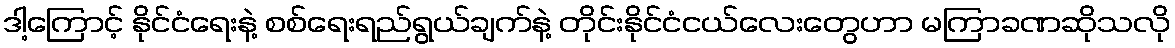
ဒါ့ကြောင့် နိုင်ငံရေးနဲ့ စစ်ရေးရည်ရွယ်ချက်နဲ့ တိုင်းနိုင်ငံငယ်လေးတွေဟာ မကြာခဏဆိုသလို